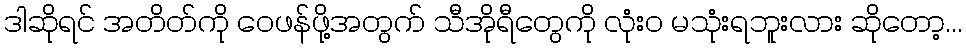
ဒါဆိုရင် အတိတ်ကို ဝေဖန်ဖို့အတွက် သီအိုရီတွေကို လုံးဝ မသုံးရဘူးလား ဆိုတော့...